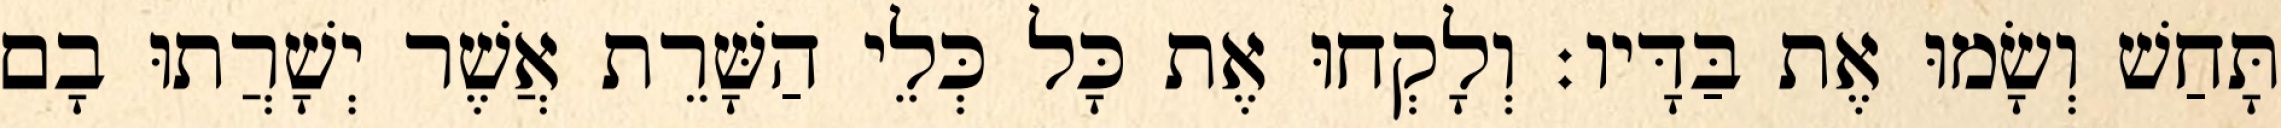
תָּחַשׁ וְשָׂמוּ אֶת בַּדָּיו׃ וְלָקְחוּ אֶת כָּל כְּלֵי הַשָּׁרֵת אֲשֶׁר יְשָׁרֲתוּ בָם